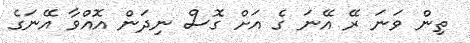
ތިން ވަނަ ރޭ އޭނަ ގެ އަށް ގޮސް ނިދަން އޮއްވާ އޭނަގެ